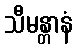
သီမန္တာနံ